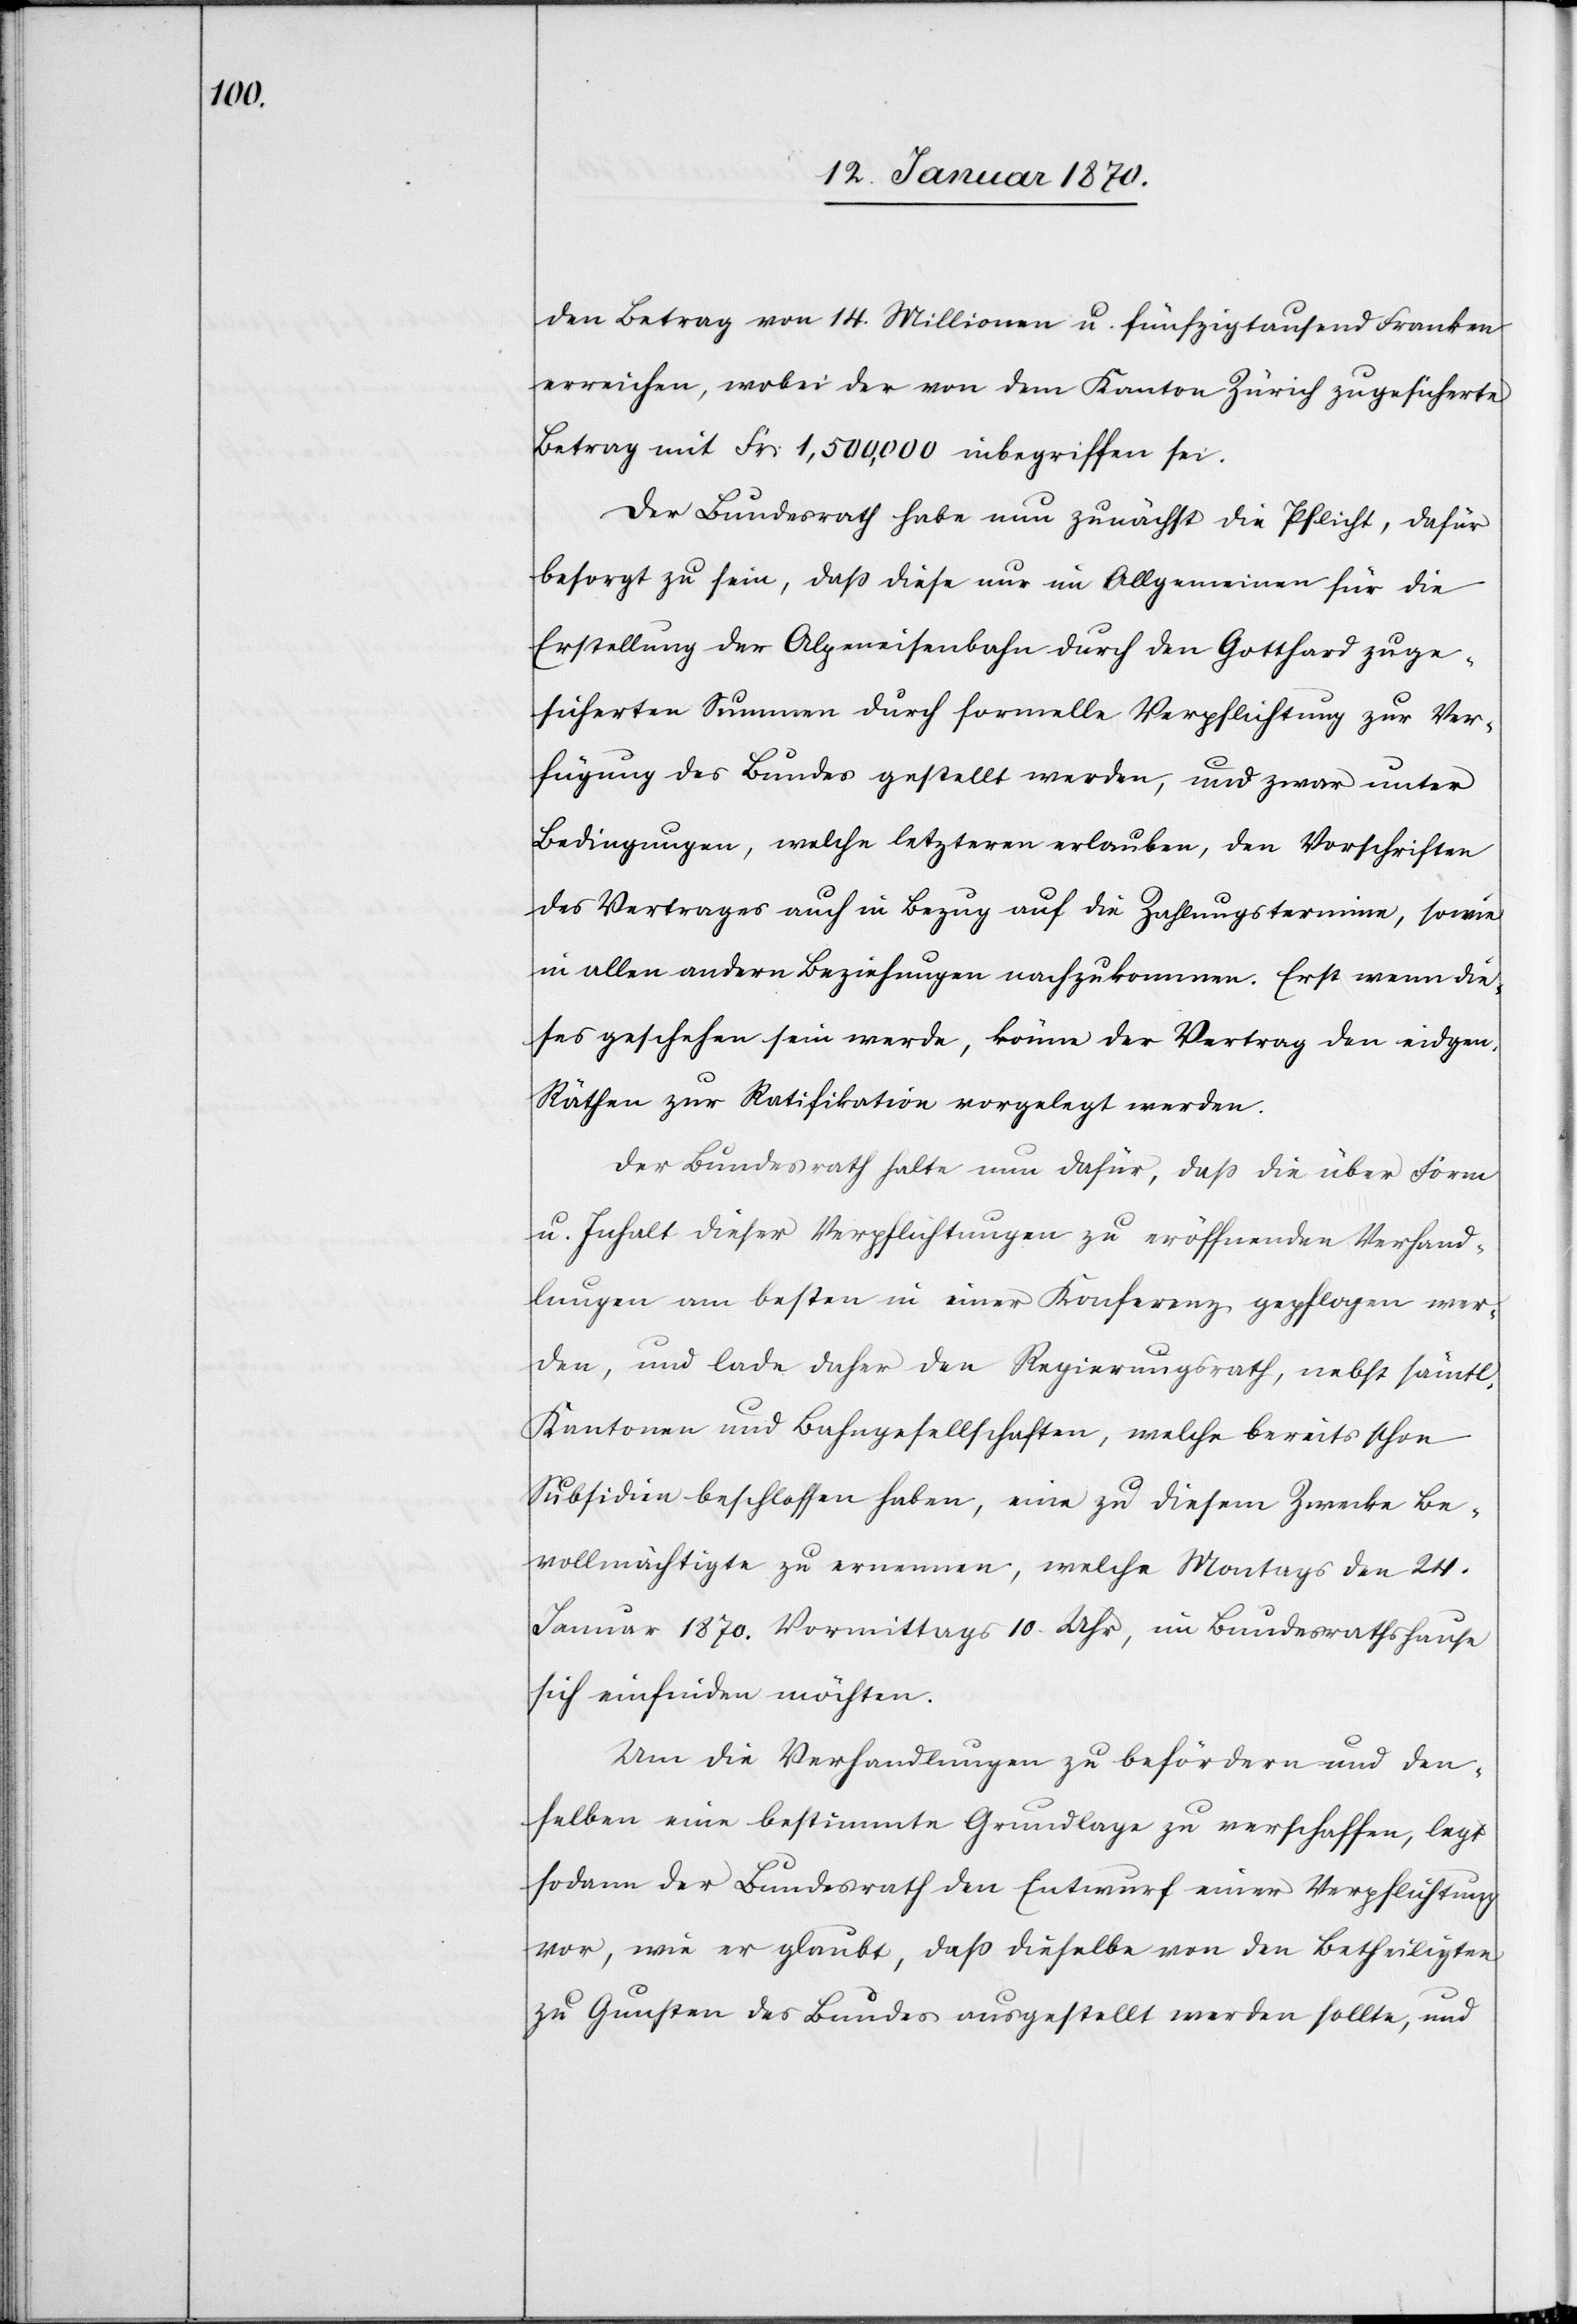
den Betrag von 14 Millionen u. fünfzigtausend Franken
erreichen, wobei der von dem Kanton Zürich zugesicherte
Betrag mit Fr: 1,500,000 inbegriffen sei.
Der Bundesrath habe nun zunächst die Pflicht, dafür
besorgt zu sein, daß diese nur im Allgemeinen für die
Erstellung der Alpeneisenbahn durch den Gotthard zuge¬
sicherten Summen durch formelle Verpflichtung zur Ver¬
fügung des Bundes gestellt werden, und zwar unter
Bedingungen, welche letzteren erlauben, den Vorschriften
des Vertrages auch in Bezug auf die Zahlungstermine, sowie
in allen andern Beziehungen nachzukommen. Erst wenn die¬
ses geschehen sein werde, könne der Vertrag den eidgen.
Räthen zu Ratifikation vorgelegt werden.
Der Bundesrath halte nun dafür, daß die über Form
u. Inhalt dieser Verpflichtungen zu eröffnenden Verhand¬
lungen am besten in einer Konferenz gepflogen wer¬
den, und lade daher den Regierungsrath, nebst sämtl.
Kantonen und Bahngesellschaften, welche bereits schon
Subsidien beschlossen haben, eine zu diesem Zwecke Be¬
vollmächtigte zu ernennen, welche Montags den 24.
Januar 1870. Vormittags 10 Uhr, im Bundesrathshause
sich einfinden möchten.
Um die Verhandlungen zu befördern und den¬
selben eine bestimmte Grundlage zu verschaffen, legt
sodann der Bundesrath den Entwurf einer Verpflichtung
vor, wie er glaubt, daß dieselbe von den Betheiligten
zu Gunsten des Bundes ausgestellt werden sollte, und